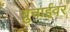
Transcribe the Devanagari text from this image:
ब्रुनाईवर